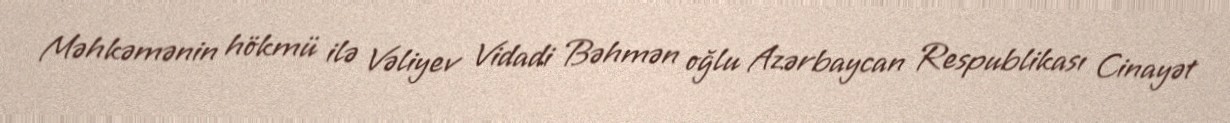
Məhkəmənin hökmü ilə Vəliyev Vidadi Bəhmən oğlu Azərbaycan Respublikası Cinayət